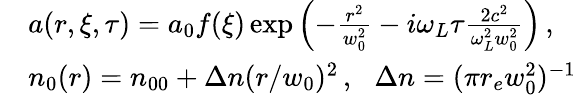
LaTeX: \begin{array}{rl}&{a(r,\xi,\tau)=a_{0}f(\xi)\exp\left(-\frac{r^{2}}{w_{0}^{2}}-i\omega_{L}\tau\frac{2c^{2}}{\omega_{L}^{2}w_{0}^{2}}\right)\, ,}\\ &{n_{0}(r)=n_{00}+\Delta n(r/w_{0})^{2}\, ,\, \, \, \, \Delta n=(\pi r_{e}w_{0}^{2})^{-1}}\end{array}